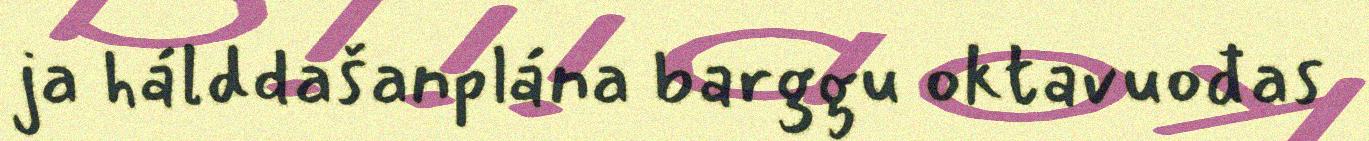
ja hálddašanplána barggu oktavuođas